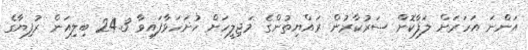
އަންނަ އަހަރަށް ލަފާކޮށް ސަރުކާރުން ރައްޔިތުންގެ މަޖިލީހަށް ހުށަހަޅާފައިވާ 24.3 ބިލިއަން ރުފިޔާގެ